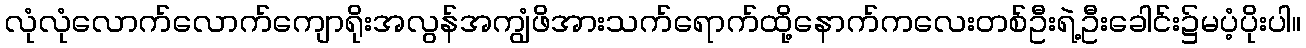
လုံလုံလောက်လောက်ကျောရိုးအလွန်အကျွံဖိအားသက်ရောက်ထို့နောက်ကလေးတစ်ဦးရဲ့ဦးခေါင်း၌မပံ့ပိုးပါ။